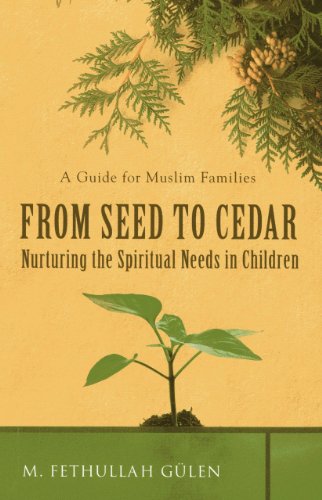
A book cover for From Seed to Cedar: Nurturing the Spiritual Needs in Children; M. Fethullah GÃ¼len; Religion & Spirituality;